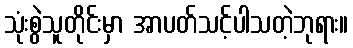
သုံးစွဲသူတိုင်းမှာ အာပတ်သင့်ပါသတဲ့ဘုရား။